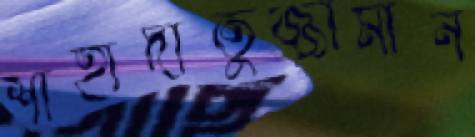
শাহাদাতুজ্জামান